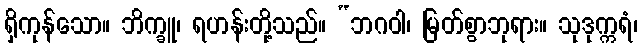
ရှိကုန်သော။ ဘိက္ခူ၊ ရဟန်းတို့သည်။ “ဘဂဝါ၊ မြတ်စွာဘုရား။ သုဒုက္ကရံ၊